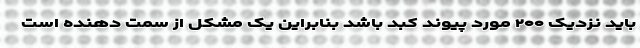
باید نزدیک ۲۰۰ مورد پیوند کبد باشد بنابراین یک مشکل از سمت دهنده است